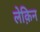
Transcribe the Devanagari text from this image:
लेक़िन